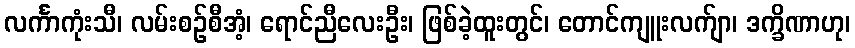
လင်္ကာကုံးသီ၊ လမ်းစဉ်စီအံ့၊ ရောင်ညီလေးဦး၊ ဖြစ်ခဲ့ထူးတွင်၊ တောင်ကျူးလက်ျာ၊ ဒက္ခိဏာဟု၊